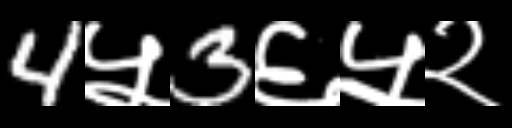
Text: 4५3६५२